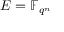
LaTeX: E = \mathbb { F } _ { q ^ { n } }